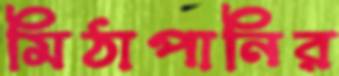
মিঠাপানির